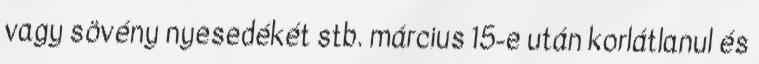
vagy sövény nyesedékét stb. március 15-e után korlátlanul és